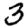
Digit: 3